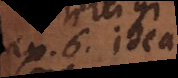
a 6. Idea